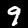
Label: 9